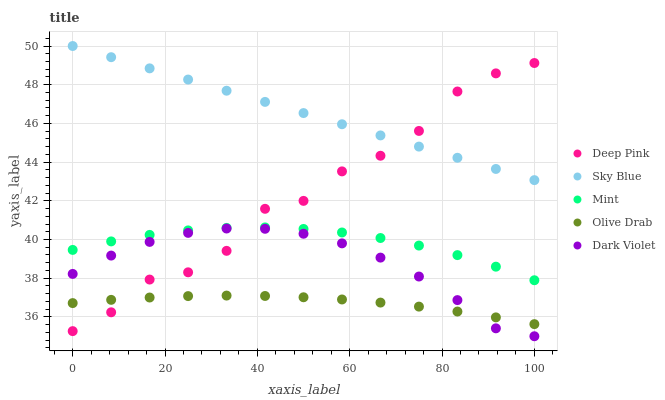
| xaxis_label | Deep Pink | Sky Blue | Mint | Olive Drab | Dark Violet |
 | --- | --- | --- | --- | --- | --- |
 | 0 | 35.3 | 50 | 39.5 | 36.7 | 38.2 |
 | 8.33 | 36.2 | 49.4 | 39.9 | 36.9 | 39.2 |
 | 16.7 | 37.9 | 48.8 | 40.2 | 37 | 39.9 |
 | 25 | 38.3 | 48.3 | 40.5 | 37.1 | 40.3 |
 | 33.3 | 39.4 | 47.7 | 40.6 | 37.1 | 40.6 |
 | 41.7 | 41.6 | 47.1 | 40.6 | 37.1 | 40.6 |
 | 50 | 42 | 46.5 | 40.5 | 37 | 40.3 |
 | 58.3 | 43.5 | 46 | 40.4 | 36.9 | 39.8 |
 | 66.7 | 44.3 | 45.4 | 40.1 | 36.7 | 39.1 |
 | 75 | 45.6 | 44.8 | 39.7 | 36.5 | 38.1 |
 | 83.3 | 47.6 | 44.2 | 39.2 | 36.3 | 36.9 |
 | 91.7 | 48.6 | 43.6 | 38.6 | 36 | 35.4 |
 | 100 | 49.1 | 43.1 | 37.9 | 35.6 | 35 |